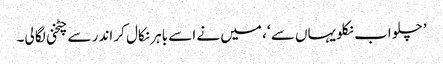
’ چلو اب نکلو یہاں سے ‘، میں نے اسے باہر نکال کر اندر سے چٹخنی لگا لی۔